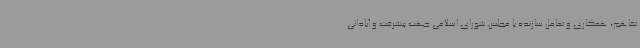
تفاهم، همکاری و تعامل سازنده با مجلس شورای اسلامی جهت پیشرفت و آبادانی